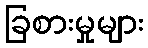
ခြစားမှုများ